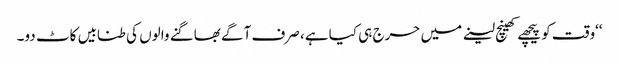
‘‘وقت کو پیچھے کھینچ لینے میں حرج ہی کیا ہے، صرف آگے بھاگنے والوں کی طنابیں کاٹ دو۔